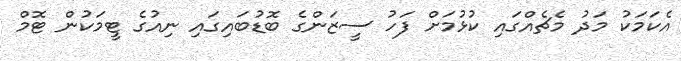
އެކަމަކު މަދު މެޗެއްގައި ކުޅުމަށް ފަހު ސީޒަންގެ ބޮޑުބައިގައި ނިއުގެ ޓީމަކުން ޓޮމް